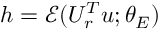
h = \mathcal { E } ( U _ { r } ^ { T } u ; \theta _ { E } )